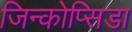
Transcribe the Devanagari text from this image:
जिन्कोप्सिडा